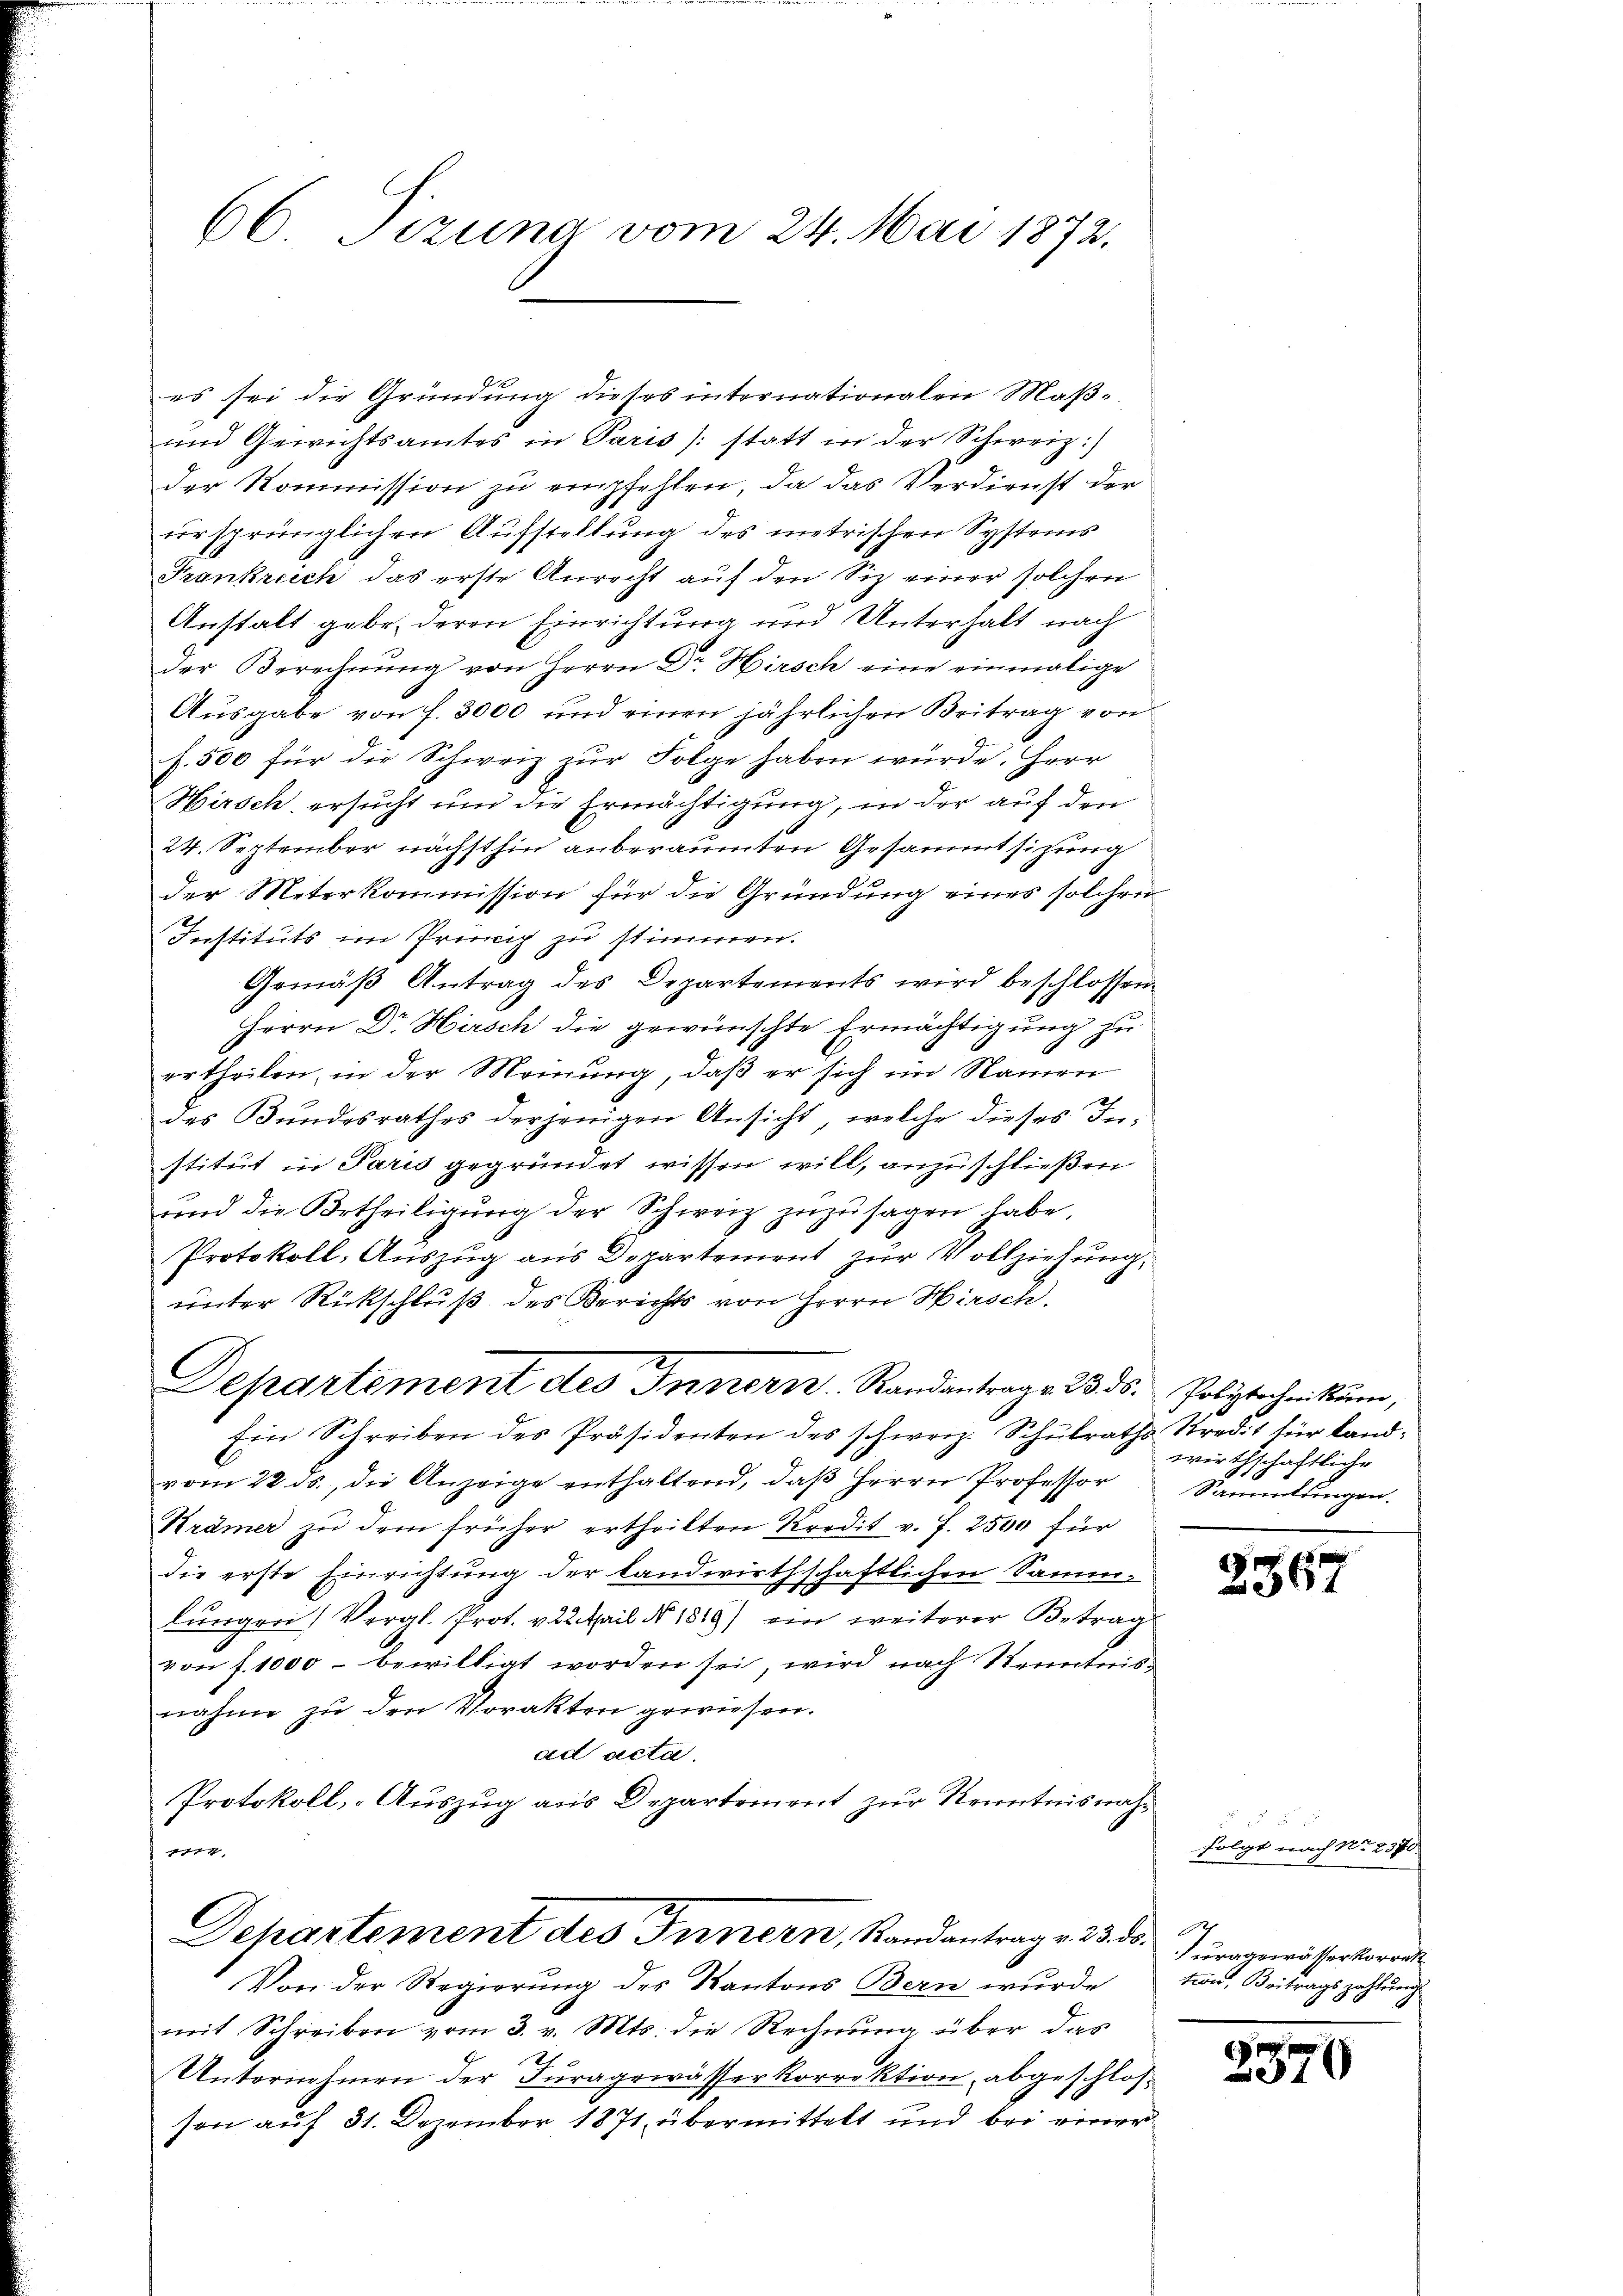
66 Tizung vom 24. Mai 1872.

es sei die Gründung dieses internationalen Maß¬
und Gewichtsamtes in Paris /: statt in der Schweiz:)
der Kommission zu empfehlen, da das Verdienst der
ursprünglichen Aufstellung des metrischen Systems
Frankreich das erste Anrecht auf den Siz einer solchen
Anstalt gebe, deren Einrichtung und Unterhalt nach
der Berechnung von Herrn Dr Hirsch eine einmalige
Ausgabe von f. 3000 und einen jährlichen Beitrag von
f. 500 für die Schweiz zur Folge haben würde. Herr
Hirsch ersucht und die Ermächtigung, in der auf den
24. September nächsthin anberaumten Gesammtsitzung
der Meterkommission für die Gründung eines solchen
Instituts im Princip zu stimmen.
Gemäß Antrag des Departements wird beschlossen
Herrn Dr Hirsch die gewünschte Ermächtigung zu
ertheilen, in der Meinung, daß er sich im Namen
.
des Bundesrathes derjenigen Ansicht, welche dieses Institut in Paris gegründet wissen will, anzuschließen
und die Urtheiligung der Schweiz zuzusagen habe.
Protokoll, Auszug aus Departement zur Vollziehung,
unter Rückschluß des Berichts von Herrn Hirsch
Departement des Innern Randantrage 23. ds. Polytechnikum,
Ein Schreiben des Präsidenten des schweiz. Schulraths Kredit für Landvom 22. ds., die Anzeige enthaltend, daß Herrn Professor
Krämer zŭ dem früher ertheilten Kredit v. J. 2500 für
die erste Einrichtung der landwirthschaftlichen Sammlungen (Vergl. Prot. v. 22 April No 1819) ein weiterer Betrag
von f. 1000 - bewilligt worden sei, wird nach Kenntnisnahme zŭ den Vorakten gewiesen.
ad acta.
Protokoll, -Auszug aus Departement zur Kenntnisnahge |
Departement des Innern, Randantrag v. 3. ds.
Von der Regierung des Kantons Bern wurde
mit Schreiben vom 3. v. Mts. die Rechnung über das
21
Unternehmen der Juragewässerkorrektion, abgeschlosson auf 31. Dezember 1871 übermittelt und bei einer

wirthschaftliche
Sammlungen.

2367

4 f 0
folgt nach No. 2370.
2
uragewässer korrekt
tion, Beitragszahlung

2370